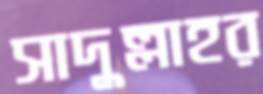
সাদুল্লাহর